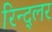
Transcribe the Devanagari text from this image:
रिन्द्लर